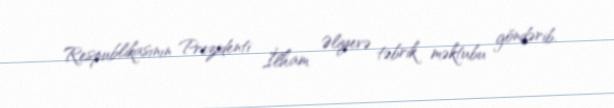
Respublikasının Prezidenti İlham Əliyevə təbrik məktubu göndərib.